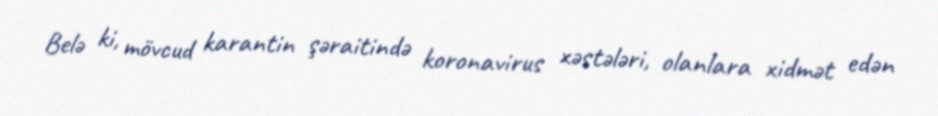
Belə ki, mövcud karantin şəraitində koronavirus xəstələri, olanlara xidmət edən